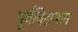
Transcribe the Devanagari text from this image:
पूर्वविद्यमान